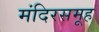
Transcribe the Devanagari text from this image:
मंदिरसमूह